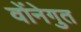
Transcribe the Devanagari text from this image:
वोंनेगुत